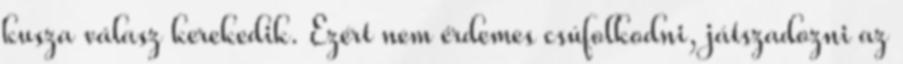
kusza válasz kerekedik. Ezért nem érdemes csúfolkodni, játszadozni az